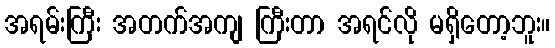
အရမ်းကြီး အတက်အကျ ကြီးတာ အရင်လို မရှိတော့ဘူး။